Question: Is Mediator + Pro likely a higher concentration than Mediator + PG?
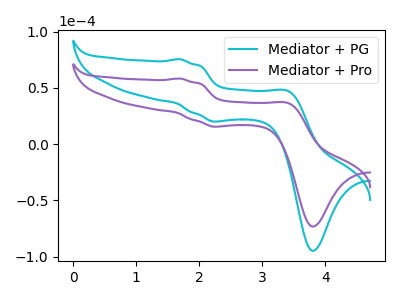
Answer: <think>The cyan curve "Mediator + PG" has anodic peaks at (1.70V, 75.40uA) (3.45V, 46.60uA) and cathodic peaks at (2.30V, 20.05uA) (3.80V, -94.80uA). The purple curve "Mediator + Pro" has anodic peaks at (1.70V, 58.30uA) (3.45V, 36.00uA) and cathodic peaks at (2.30V, 15.50uA) (3.80V, -73.25uA).
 All the peaks in "Mediator + Pro" have a peak in "Mediator + PG" at the same potential.</think>
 <answer>I cant tell if "Mediator + Pro" or "Mediator + PG" has more signal.</answer>
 <eval>mixed_signal</eval>